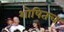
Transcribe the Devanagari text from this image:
शोषितच